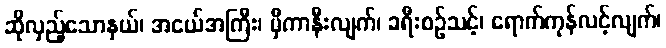
ဆိုလှည့်သောနှယ်၊ အငယ်အကြီး၊ မှီကာနီးလျက်၊ ခရီးစဉ်သင့်၊ ရောက်ကုန်လင့်လျက်၊